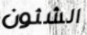
الشئون